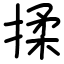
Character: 揉